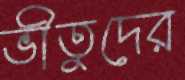
ভীতুদের